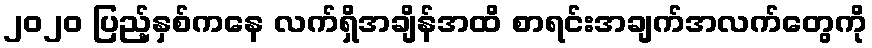
၂၀၂၀ ပြည့်နှစ်ကနေ လက်ရှိအချိန်အထိ စာရင်းအချက်အလက်တွေကို